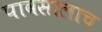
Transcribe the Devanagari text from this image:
पावसालाच